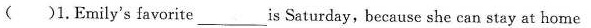
( ) 1. Emily's favorite ___ is Saturday, because she can stay at home